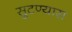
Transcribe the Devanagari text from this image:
सुटण्यास